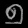
Digit: ၅